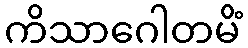
ကိသာဂေါတမိံ